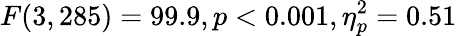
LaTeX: F(3,285)=99.9,p<0.001,\eta_{p}^{2}=0.51